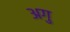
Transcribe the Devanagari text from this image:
अगु